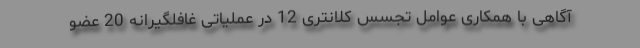
آگاهی با همکاری عوامل تجسس کلانتری 12 در عملیاتی غافلگیرانه 20 عضو